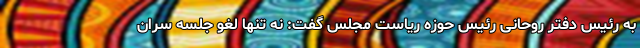
به رئیس دفتر روحانی رئیس حوزه ریاست مجلس گفت: نه تنها لغو جلسه سران